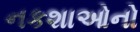
નકશાઓનો